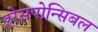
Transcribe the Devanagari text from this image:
इरेसपोन्सिबल